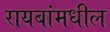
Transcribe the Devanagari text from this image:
रायबांमधील